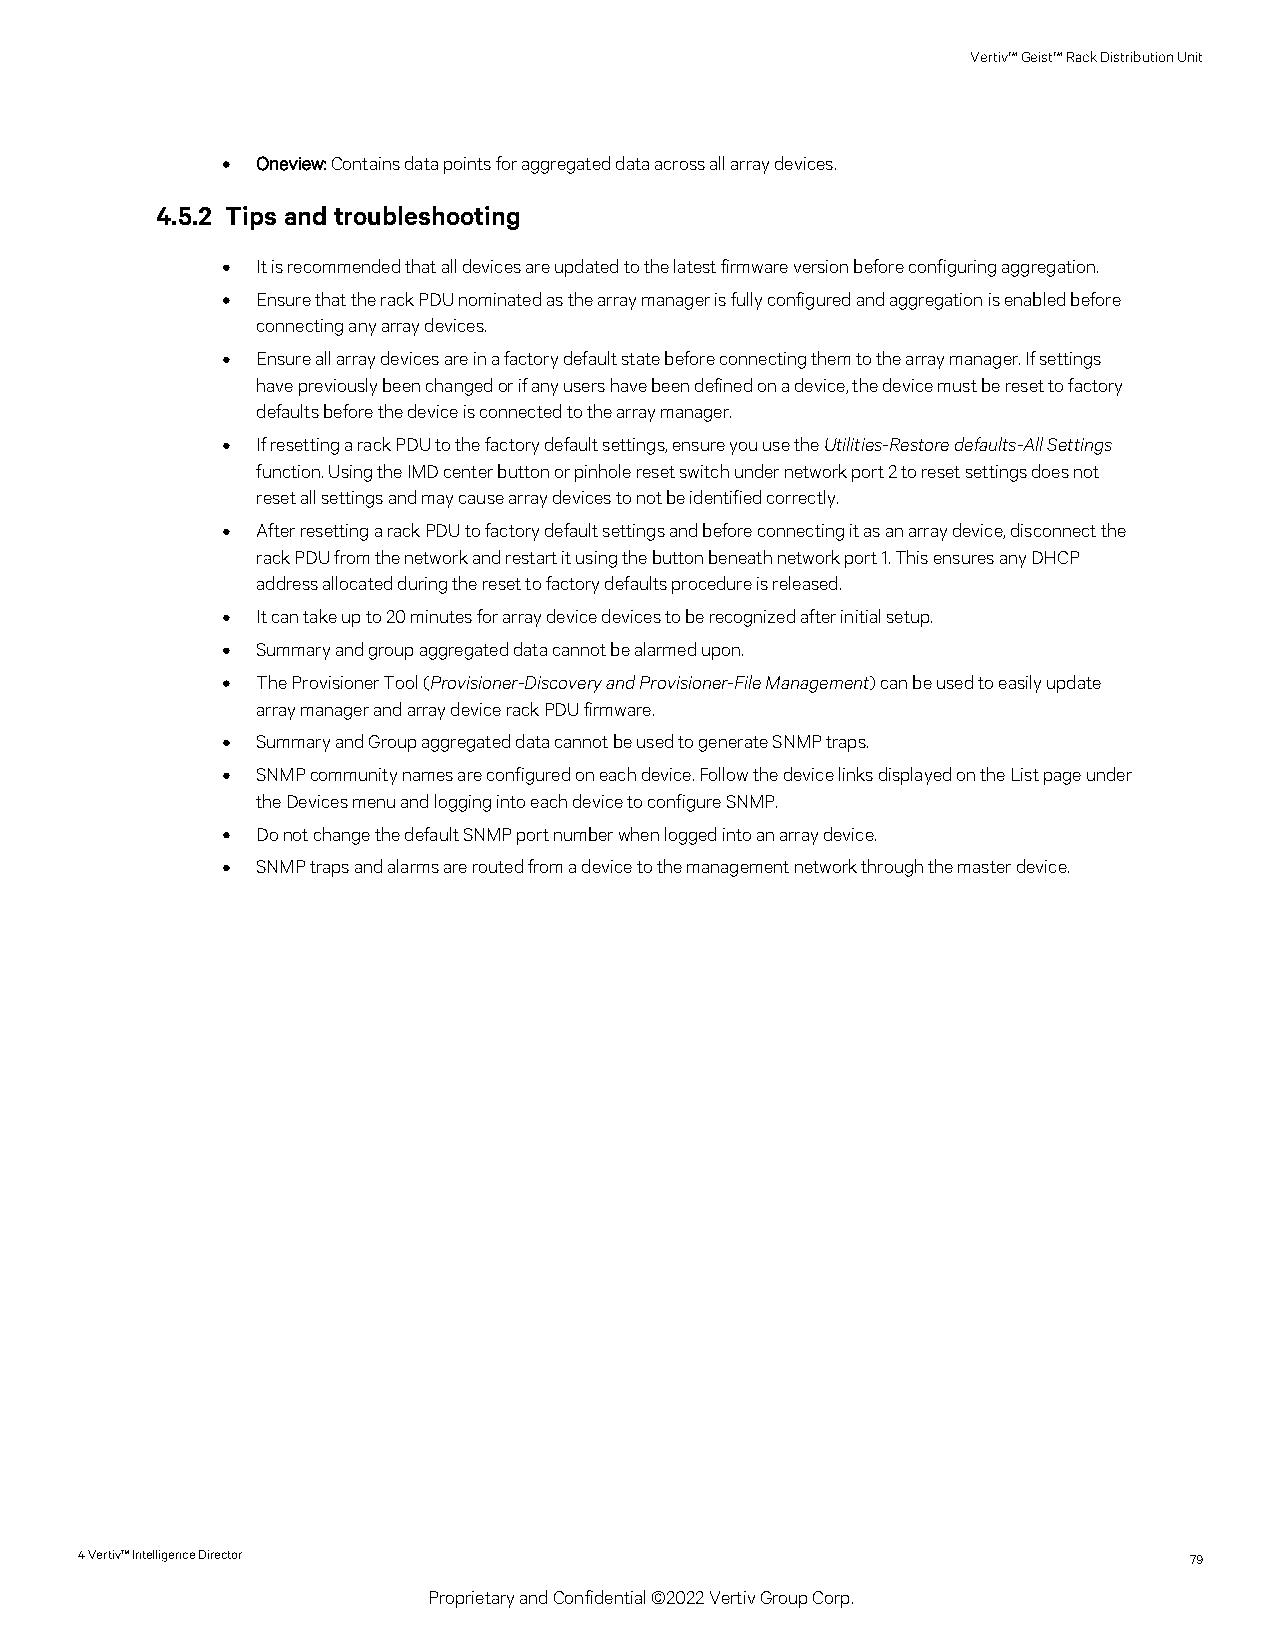
Vertiv™Geist™RackDistributionUnit
 • Oneview:Containsdatapointsforaggregateddataacrossallarraydevices.
 4.5.2 Tips and troubleshooting
 • Itisrecommendedthatalldevicesareupdatedtothelatestfirmwareversionbeforeconfiguringaggregation.
 • EnsurethattherackPDUnominatedasthearraymanagerisfullyconfiguredandaggregationisenabledbefore
 connectinganyarraydevices.
 • Ensureallarraydevicesareinafactorydefaultstatebeforeconnectingthemtothearraymanager.Ifsettings
 havepreviouslybeenchangedorifanyusershavebeendefinedonadevice,thedevicemustberesettofactory
 defaultsbeforethedeviceisconnectedtothearraymanager.
 • IfresettingarackPDUtothefactorydefaultsettings,ensureyouusetheUtilities-Restoredefaults-AllSettings
 function.UsingtheIMDcenterbuttonorpinholeresetswitchundernetworkport2toresetsettingsdoesnot
 resetallsettingsandmaycausearraydevicestonotbeidentifiedcorrectly.
 • AfterresettingarackPDUtofactorydefaultsettingsandbeforeconnectingitasanarraydevice,disconnectthe
 rackPDUfromthenetworkandrestartitusingthebuttonbeneathnetworkport1.ThisensuresanyDHCP
 addressallocatedduringtheresettofactorydefaultsprocedureisreleased.
 • Itcantakeupto20minutesforarraydevicedevicestoberecognizedafterinitialsetup.
 • Summaryandgroupaggregateddatacannotbealarmedupon.
 • TheProvisionerTool(Provisioner-DiscoveryandProvisioner-FileManagement)canbeusedtoeasilyupdate
 arraymanagerandarraydevicerackPDUfirmware.
 • SummaryandGroupaggregateddatacannotbeusedtogenerateSNMPtraps.
 • SNMPcommunitynamesareconfiguredoneachdevice.FollowthedevicelinksdisplayedontheListpageunder
 theDevicesmenuandloggingintoeachdevicetoconfigureSNMP.
 • DonotchangethedefaultSNMPportnumberwhenloggedintoanarraydevice.
 • SNMPtrapsandalarmsareroutedfromadevicetothemanagementnetworkthroughthemasterdevice.
 4Vertiv™IntelligenceDirector                                              79
 ProprietaryandConfidential©2022VertivGroupCorp.